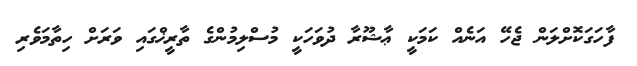
ފާހަގަކޮށްލަން ޖެހޭ އަނެއް ކަމަކީ ޢާޝޫރާ ދުވަހަކީ މުސްލިމުންގެ ތާރީޚްގައި ވަރަށް ހިތާމަވެރި